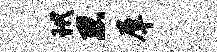
玳忍犀